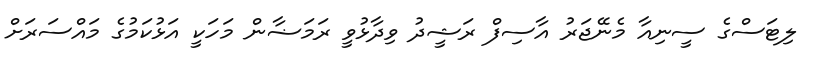
ލިޓަސްގެ ސީނިއާ މެނޭޖަރު އާސިފް ރަޝީދު ވިދާޅުވީ ރަމަޟާން މަހަކީ އަޅުކަމުގެ މައްސަރަށް